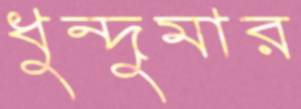
ধুন্দুমার